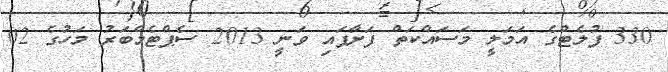
330 ފުލެޓްގެ އަމަލީ މަސައްކަތް ފަށާފައި ވަނީ 2013 ސެޕްޓެމްބަރު މަހުގެ 02